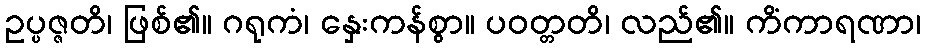
ဥပ္ပဇ္ဇတိ၊ ဖြစ်၏။ ဂရုကံ၊ နှေးကန်စွာ။ ပဝတ္တတိ၊ လည်၏။ ကိံကာရဏာ၊